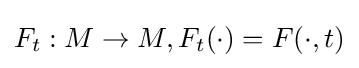
F_{t}:M\rightarrow M,F_{t}(\cdot )=F(\cdot ,t)